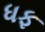
ધફ